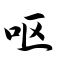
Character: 呕